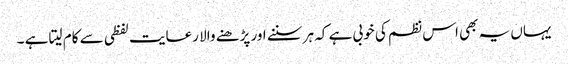
یہاں یہ بھی اس نظم کی خوبی ہے کہ ہر سننے اور پڑھنے والا رعایت لفظی سے کام لیتا ہے ۔